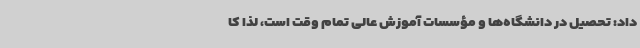
داد: تحصیل در دانشگاه‌ها و مؤسسات آموزش عالی تمام وقت است، لذا کا